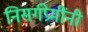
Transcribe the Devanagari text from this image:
निसर्गप्रेमींनी